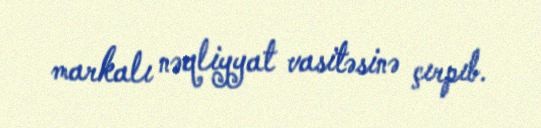
markalı nəqliyyat vasitəsinə çırpıb.